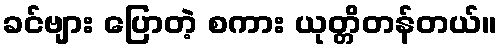
ခင်ဗျား ပြောတဲ့ စကား ယုတ္တိတန်တယ်။